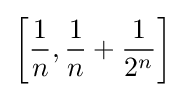
\left[{\frac {1}{n}},{\frac {1}{n}}+{\frac {1}{2^{n}}}\right]